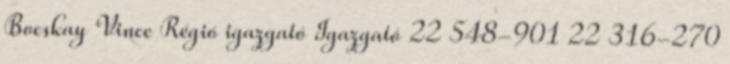
Bocskay Vince Régió igazgató Igazgató 22 548-901 22 316-270